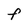
Character: F